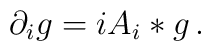
\partial_i g = i A_i * g \,.